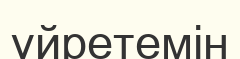
ұйретемін